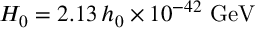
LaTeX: H _ { 0 } = 2 . 1 3 \, h _ { 0 } \times 1 0 ^ { - 4 2 } \, \, \mathrm { G e V }